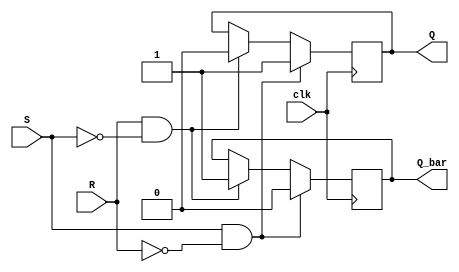
module basic_sr_flipflop (
    input wire clk,
    input wire S,
    input wire R,
    output reg Q,
    output reg Q_bar
);

wire nand_1_out;
wire nand_2_out;
wire nor_1_out;
wire nor_2_out;

assign nand_1_out = ~(S & Q_bar);
assign nand_2_out = ~(R & Q);
assign nor_1_out = ~(nand_1_out | nor_2_out);
assign nor_2_out = ~(nand_2_out | nor_1_out);

always @(posedge clk) begin
    if (S & ~R) begin
        Q <= 1;
        Q_bar <= 0;
    end else if (R & ~S) begin
        Q <= 0;
        Q_bar <= 1;
    end
end

endmodule